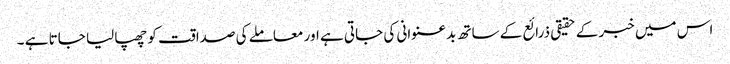
اس میں خبر کے حقیقی ذرائع کے ساتھ بدعنوانی کی جاتی ہے اور معاملے کی صداقت کو چھپا لیا جاتا ہے ۔